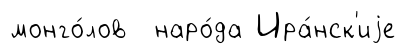
монго́лов наро́да Ира́нск'иjе